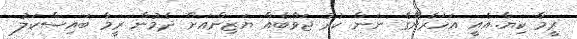
ރީމާ ކިޔާ..އެއީ އަހަރެންގެ ނަން ކުރު ޖަވާބެއް ޔަޒިންއަށް ދެމުން ރީމާ ބައިސްކަލު